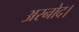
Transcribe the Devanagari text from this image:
अरनोद।